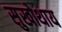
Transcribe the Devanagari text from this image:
सुखोथाय